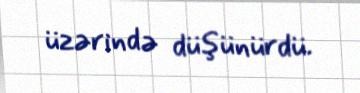
üzərində düşünürdü.